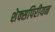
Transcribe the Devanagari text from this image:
शेक्सपिरीयन